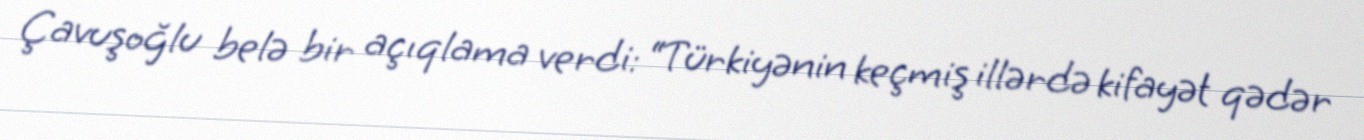
Çavuşoğlu belə bir açıqlama verdi: “Türkiyənin keçmiş illərdə kifayət qədər